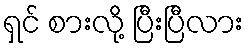
ရှင် စားလို့ ပြီးပြီလား